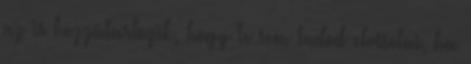
az is hozzátartozik, hogy Te sem tudod elviselni, ha